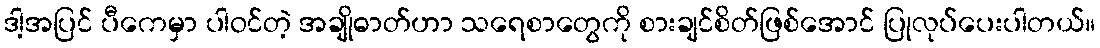
ဒါ့အပြင် ပီကေမှာ ပါဝင်တဲ့ အချိုဓာတ်ဟာ သရေစာတွေကို စားချင်စိတ်ဖြစ်အောင် ပြုလုပ်ပေးပါတယ်။